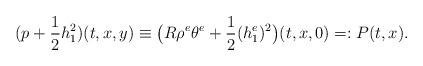
LaTeX: \begin{align*}(p+\frac{1}{2}h^2_1)(t,x,y)\equiv\big(R\rho^e\theta^e+\frac{1}{2}(h^e_1)^2\big)(t,x,0)=:P(t,x).\end{align*}